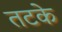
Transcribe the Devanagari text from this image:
तटके